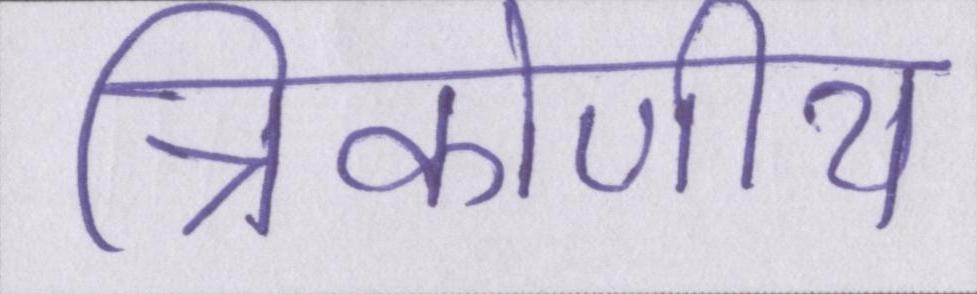
त्रिकोणीय